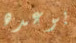
بوعده